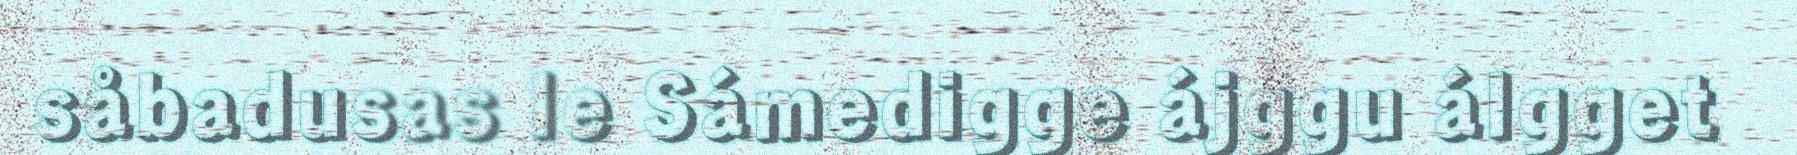
såbadusas le Sámedigge ájggu álgget